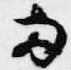
両